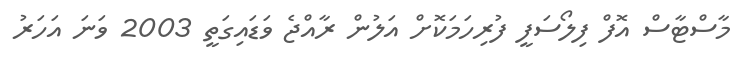
މާސްޓާސް އޮފް ފިލޯސަފީ ފުރިހަމަކޮށް އަލުން ރާއްޖެ ވަޑައިގަތީ 2003 ވަނަ އަހަރު